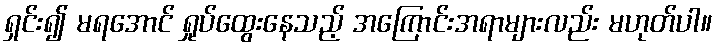
ရှင်း၍ မရအောင် ရှုပ်ထွေးနေသည့် အကြောင်းအရာများလည်း မဟုတ်ပါ။